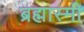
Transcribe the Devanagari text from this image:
ब्रह्मास्मी